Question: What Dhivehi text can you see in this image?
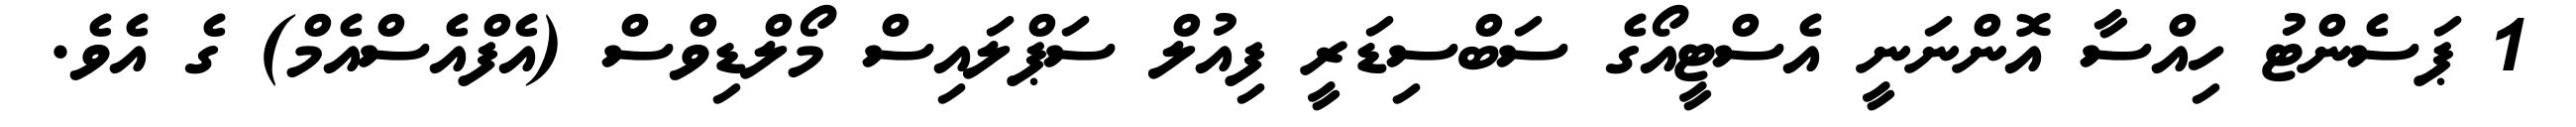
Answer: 1 ޕަސެންޓު ހިއްސާ އޮންނަނީ އެސްޓީއޯގެ ސަބްސިޑަރީ ފިއުލް ސަޕްލައިސް މޯލްޑިވްސް (އެފްއެސްއެމް) ގެ އެވެ.